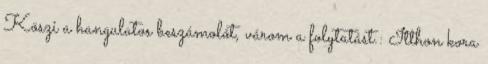
Köszi a hangulatos beszámolót, várom a folytatást.: Itthon kora